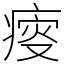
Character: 𤸃